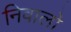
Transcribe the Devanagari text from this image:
निवालो